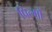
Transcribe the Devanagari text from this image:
पिल्मों